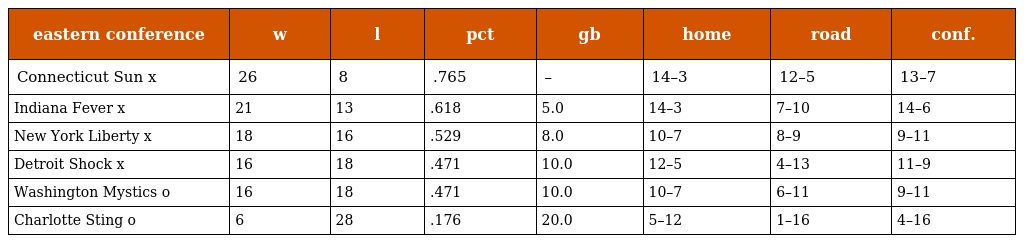
| eastern conference | w | l | pct | gb | home | road | conf. |
 | --- | --- | --- | --- | --- | --- | --- | --- |
 | Connecticut Sun x | 26 | 8 | .765 | – | 14–3 | 12–5 | 13–7 |
 | Indiana Fever x | 21 | 13 | .618 | 5.0 | 14–3 | 7–10 | 14–6 |
 | New York Liberty x | 18 | 16 | .529 | 8.0 | 10–7 | 8–9 | 9–11 |
 | Detroit Shock x | 16 | 18 | .471 | 10.0 | 12–5 | 4–13 | 11–9 |
 | Washington Mystics o | 16 | 18 | .471 | 10.0 | 10–7 | 6–11 | 9–11 |
 | Charlotte Sting o | 6 | 28 | .176 | 20.0 | 5–12 | 1–16 | 4–16 |